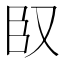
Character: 𮍍